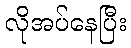
လိုအပ်နေပြီး